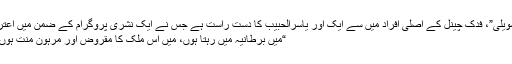
“مہنّد الشویلی”، فدک چینل کے اصلی افراد میں سے ایک اور یاسرالحبیب کا دست راست ہے جس نے ایک نشری پروگرام کے ضمن میں اعتراف کیا:
“میں برطانیہ میں رہتا ہوں، میں اس ملک کا مقروض اور مرہون منت ہوں، کیوں؟